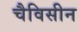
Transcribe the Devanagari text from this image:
चैविसीन